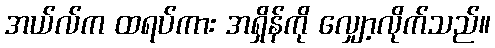
အယ်လ်က ထရပ်ကား အရှိန်ကို လျှော့လိုက်သည်။